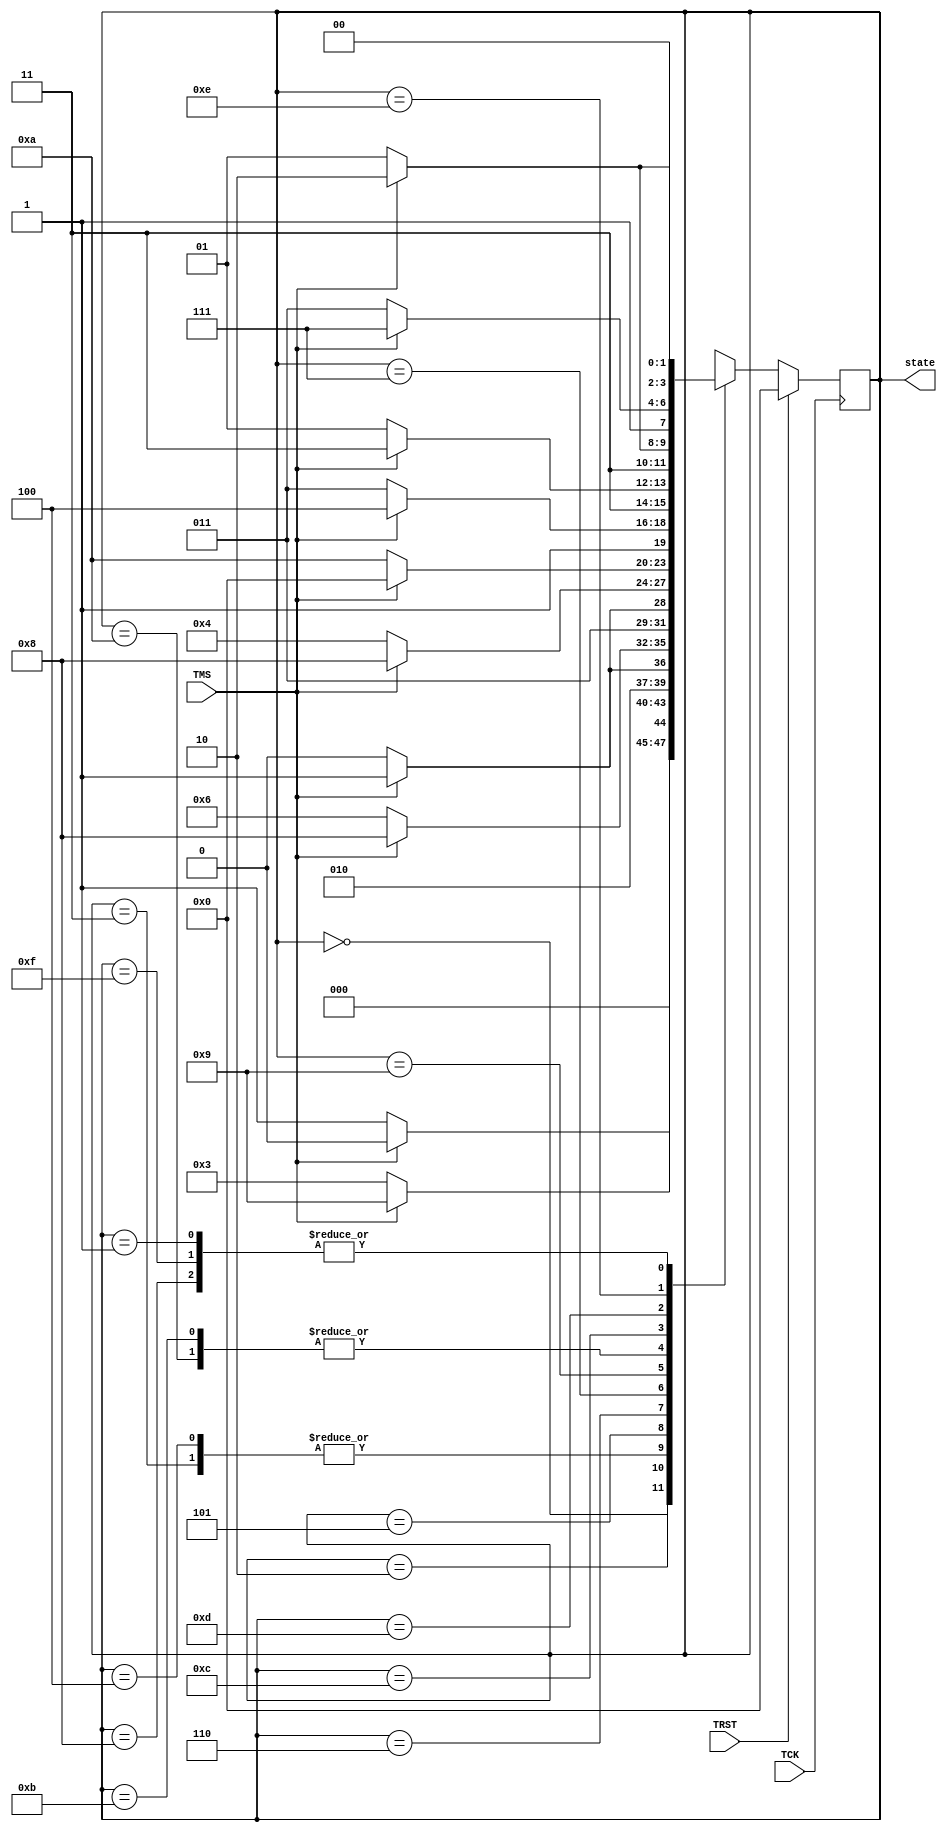
`timescale 1ns/1ps

module TapControllerFSM(TCK, TMS, TRST, state);
	
	//--------FSM size--------//
	parameter FSM_SIZE = 4;
	
	//--------Inputs--------//
	input TCK, TMS, TRST;
	
	//--------Output--------//
	output reg [FSM_SIZE-1:0] state;
	
	//--------Wires and Regs--------//
	wire TCK, TMS, TRST;
	reg [FSM_SIZE-1:0] next_state = 4'b0000;
	
	//--------FSM States--------//
	parameter TEST_LOGIC_RESET = 0;
	parameter RUN_TEST_IDLE = 1;
	parameter SELECT_DR_SCAN = 2;
	parameter CAPTURE_DR = 3;
	parameter SHIFT_DR = 4;
	parameter EXIT1_DR = 5;
	parameter PAUSE_DR = 6;
	parameter EXIT2_DR = 7;
	parameter UPDATE_DR = 8;
	parameter SELECT_IR_SCAN = 9;
	parameter CAPTURE_IR = 10;
	parameter SHIFT_IR = 11;
	parameter EXIT1_IR = 12;
	parameter PAUSE_IR = 13;
	parameter EXIT2_IR = 14;
	parameter UPDATE_IR = 15;
	
	//--------FSM Code Starts Here--------//
	//--------For debugging purposes--------//
	reg [255:0] STATE_AS_STR;
	always @ (state)
	begin
		case(state)
			TEST_LOGIC_RESET:
				begin
					STATE_AS_STR<="Test_Logic_Reset";
				end
			RUN_TEST_IDLE:
				begin
					STATE_AS_STR<="Run_Test_Idle";
				end
			SELECT_DR_SCAN:
				begin
					STATE_AS_STR<="Select_DR_Scan";
				end
			CAPTURE_DR:
				begin
					STATE_AS_STR<="Capture_DR";
				end
			SHIFT_DR:
				begin
					STATE_AS_STR<="Shift_DR";
				end
			EXIT1_DR:
				begin
					STATE_AS_STR<="Exit1_DR";
				end
			PAUSE_DR:
				begin
					STATE_AS_STR<="Pause_DR";
				end
			EXIT2_DR:
				begin
					STATE_AS_STR<="Exit2_DR";
				end
			UPDATE_DR:
				begin
					STATE_AS_STR<="Update_DR";
				end
			SELECT_IR_SCAN:
				begin
					STATE_AS_STR<="Select_IR_Scan";
				end
			CAPTURE_IR:
				begin
					STATE_AS_STR<="Capture_IR";
				end
			SHIFT_IR:
				begin
					STATE_AS_STR<="Shift_IR";
				end
			EXIT1_IR:
				begin
					STATE_AS_STR<="Exit1_IR";
				end
			PAUSE_IR:
				begin
					STATE_AS_STR<="Pause_IR";
				end
			EXIT2_IR:
				begin
					STATE_AS_STR<="Exit2_IR";
				end
			UPDATE_IR:
				begin
					STATE_AS_STR<="Update_IR";
				end
		endcase	
	end
	//
	
	//--------Asychronous FSM--------//
	//--------For every value of TMS signal change state--------//
	always @ (state, TMS)
	begin: MAIN_FSM_ASYCHRONOUS
		case(state)
			TEST_LOGIC_RESET:
				if(TMS == 1'b1) begin
					next_state = TEST_LOGIC_RESET;
				end else begin
					next_state = RUN_TEST_IDLE;
				end
			RUN_TEST_IDLE:
				if(TMS == 1'b1) begin
					next_state = SELECT_DR_SCAN;
				end else begin
					next_state = RUN_TEST_IDLE;
				end
			SELECT_DR_SCAN:
				if(TMS == 1'b1) begin
					next_state = SELECT_IR_SCAN;
				end else begin
					next_state = CAPTURE_DR;
				end
			CAPTURE_DR:
				if(TMS == 1'b1) begin
					next_state = EXIT1_DR;
				end else begin
					next_state = SHIFT_DR;
				end
			SHIFT_DR:
				if(TMS == 1'b1) begin
					next_state = EXIT1_DR;
				end else begin
					next_state = SHIFT_DR;
				end
			EXIT1_DR:
				if(TMS == 1'b1) begin
					next_state = UPDATE_DR;
				end else begin
					next_state = PAUSE_DR;
				end
			PAUSE_DR:
				if(TMS == 1'b1) begin
					next_state = EXIT2_DR;
				end else begin
					next_state = PAUSE_DR;
				end
			EXIT2_DR:
				if(TMS == 1'b1) begin
					next_state = UPDATE_DR;
				end else begin
					next_state = SHIFT_DR;
				end
			 UPDATE_DR:
				if(TMS == 1'b1) begin
					next_state = SELECT_DR_SCAN;
				end else begin
					next_state = RUN_TEST_IDLE;
				end
			SELECT_IR_SCAN:
				if(TMS == 1'b1) begin
					next_state = TEST_LOGIC_RESET;
				end else begin
					next_state = CAPTURE_IR;
				end
			CAPTURE_IR:
				if(TMS == 1'b1) begin
					next_state = EXIT1_IR;
				end else begin
					next_state = SHIFT_IR;
				end
			SHIFT_IR:
				if(TMS == 1'b1) begin
					next_state = EXIT1_IR;
				end else begin
					next_state = SHIFT_IR;
				end
			EXIT1_IR:
				if(TMS == 1'b1) begin
					next_state = UPDATE_IR;
				end else begin
					next_state = PAUSE_IR;
				end
			PAUSE_IR:
				if(TMS == 1'b1) begin
					next_state = EXIT2_IR;
				end else begin
					next_state = PAUSE_IR;
				end
			EXIT2_IR:
				if(TMS == 1'b1) begin
					next_state = UPDATE_IR;
				end else begin
					next_state = SHIFT_IR;
				end
			UPDATE_IR:
				if(TMS == 1'b1) begin
					next_state = SELECT_DR_SCAN;
				end else begin
					next_state = RUN_TEST_IDLE;
				end
			default: next_state = TEST_LOGIC_RESET;
		endcase
	end
	//
	
   //--------Sychronous FSM--------//
	always @ (posedge TCK)
	begin
		if(TRST == 1'b1) begin
			state <= #1 TEST_LOGIC_RESET;
		end else begin
			state <= #1 next_state;
		end
	end
	//
	
endmodule